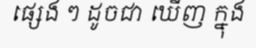
ផ្សេង ៗ ដូចជា ឃើញ ក្នុង